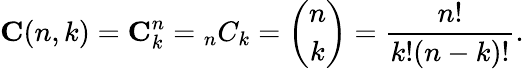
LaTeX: \mathbf{C}(n,k)=\mathbf{C}_{k}^{n}={_{n}C_{k}}={\binom{n}{k}}={\frac{n!}{k!(n-k)!}}.